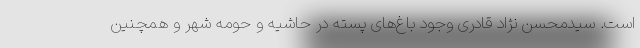
است. سیدمحسن نژاد قادری وجود باغ‌های پسته در حاشیه و حومه شهر و همچنین